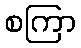
စကြာ